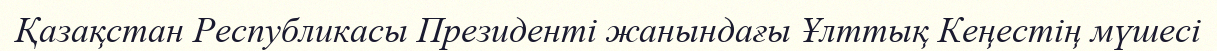
Қазақстан Республикасы Президенті жанындағы Ұлттық Кеңестің мүшесі